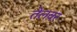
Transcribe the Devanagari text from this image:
तेलवर